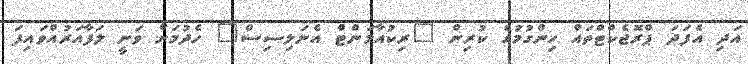
އަދި އެފަދަ ޕްރޮޖެކްޓްތައް ހިންގުމުގެ ކުރިން "ރިކުއާމަންޓް އެނަލިސިސް" ހެދުމަށް ވަނީ ލަފާއަރުއްވައިފަ